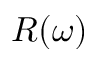
R ( \omega )